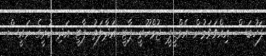
ފަހުބަސް އިއްވަވަމުން އެމްޑީޕީ ޖުމްހޫރީ ޕާޓީ އަދާލަތު ޕާޓީ އަދި ކުރީގެ ރައީސް